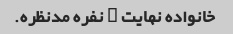
خانواده نهایت ۲ نفره مدنظره.